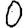
Digit: 0